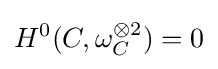
H^{0}(C,\omega _{C}^{\otimes 2})=0